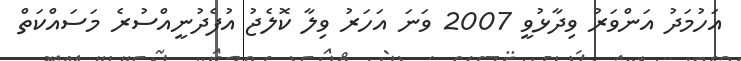
އަހުމަދު އަންވަރު ވިދާޅުވީ 2007 ވަނަ އަހަރު ވިލާ ކޮލެޖު އުފެދުނީއްސުރެ މަސައްކަތް